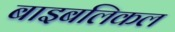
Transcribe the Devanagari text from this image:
बाइबलिकल